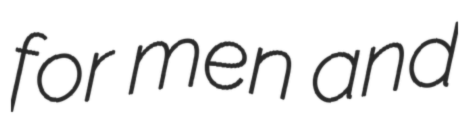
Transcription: for men and